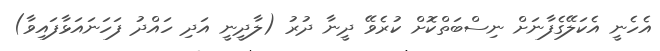
އެހެނީ އެކަލޭގެފާނަށް ނިސްބަތްކޮށް ކުރެވޭ ދީނާ ދުރު (ލާދީނީ އަދި ހައްދު ފަހަނައަޅާފައިވާ)